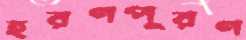
হরণপূরণ